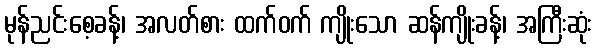
မုန်ညင်းစေ့ခန့်၊ အလတ်စား ထက်ဝက် ကျိုးသော ဆန်ကျိုးခန့်၊ အကြီးဆုံး